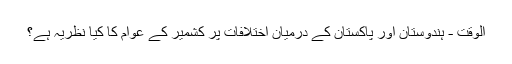
الوقت - ہندوستان اور پاکستان کے درمیان اختلافات پر کشمیر کے عوام کا کیا نظریہ ہے؟